Problem: 3 × 2 = ?
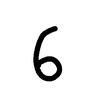
Handwritten answer: 6